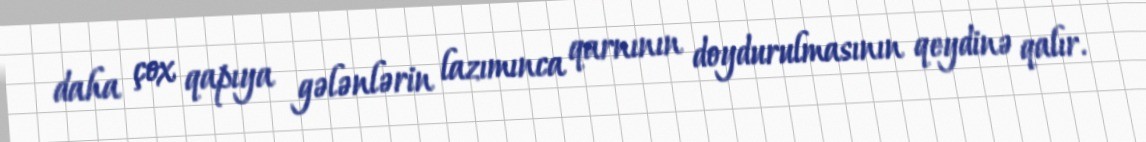
daha çox qapıya gələnlərin lazımınca qarnının doydurulmasının qeydinə qalır.